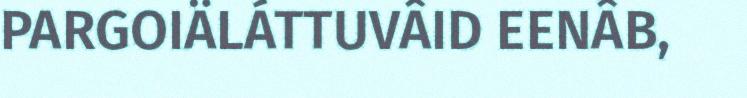
PARGOIÄLÁTTUVÂID EENÂB,